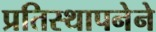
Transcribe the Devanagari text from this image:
प्रतिस्थापनेने